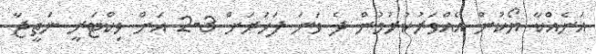
އަނެއްކާ ޔޯކުން އެއްވަރުކުރުމުން ދެ ވަނަ ފަހަރަށް 3-2 އަށް ވިކްޓަރީ ނަތީޖާ